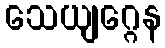
သေယျဂ္ဂေန